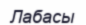
Лабасы